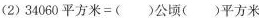
(2)$$3 4 0 6 0 平 方 米 = ( ) 公 顷 ( ) 平 方 米$$